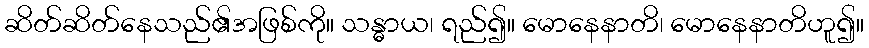
ဆိတ်ဆိတ်နေသည်၏အဖြစ်ကို။ သန္ဓာယ၊ ရည်၍။ မောနေနာတိ၊ မောနေနာတိဟူ၍။